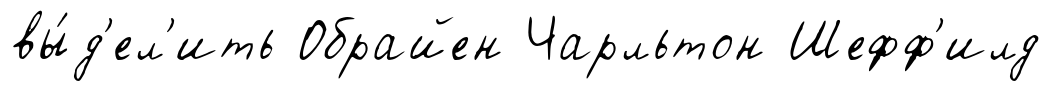
вы́д'ел'ить Обрайен Чарльтон Шефф'илд